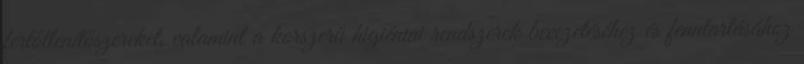
fertőtlenítőszereket, valamint a korszerű higiéniai rendszerek bevezetéséhez és fenntartásához